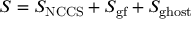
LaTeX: S = S _ { \mathrm { N C C S } } + S _ { \mathrm { g f } } + S _ { \mathrm { g h o s t } }